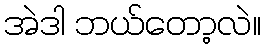
အဲဒါ ဘယ်တော့လဲ။